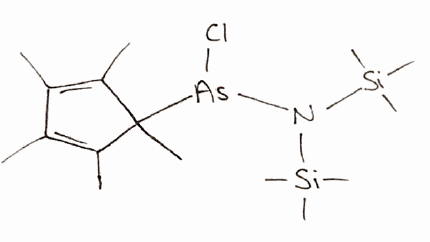
Simplified molecular-input line-entry system (SMILES) notation of the given molecule:
CC1=C(C(C(=C1C)C)(C)[As](N([Si](C)(C)C)[Si](C)(C)C)Cl)C